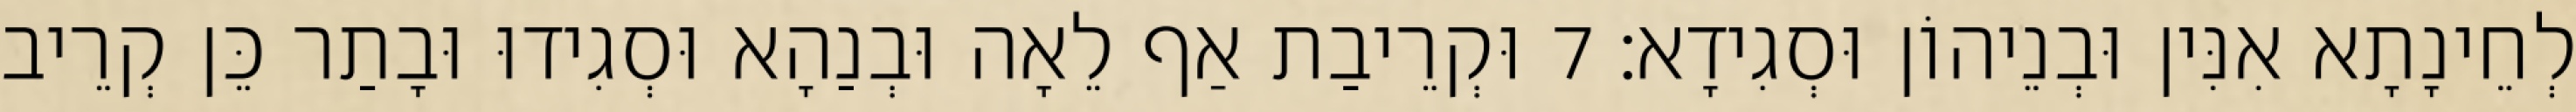
לְחֵינָתָא אִנִּין וּבְנֵיהוֹן וּסְגִידָא׃ 7 וּקְרֵיבַת אַף לֵאָה וּבְנַהָא וּסְגִידוּ וּבָתַר כֵּן קְרֵיב